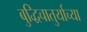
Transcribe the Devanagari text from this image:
बुद्धिचातुर्याच्या